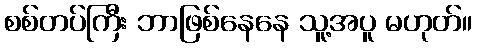
စစ်တပ်ကြီး ဘာဖြစ်နေနေ သူ့အပူ မဟုတ်။